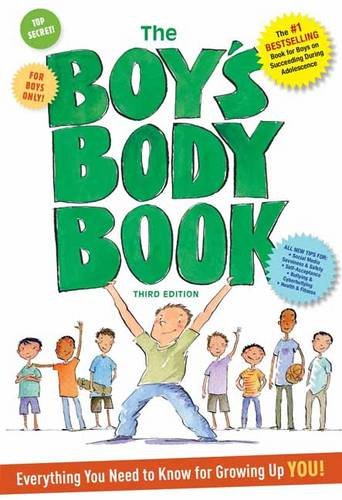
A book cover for The Boy's Body Book: Third Edition: Everything You Need to Know for Growing Up YOU; Kelli Dunham; Teen & Young Adult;